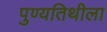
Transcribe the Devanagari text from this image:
पुण्यतिथीला